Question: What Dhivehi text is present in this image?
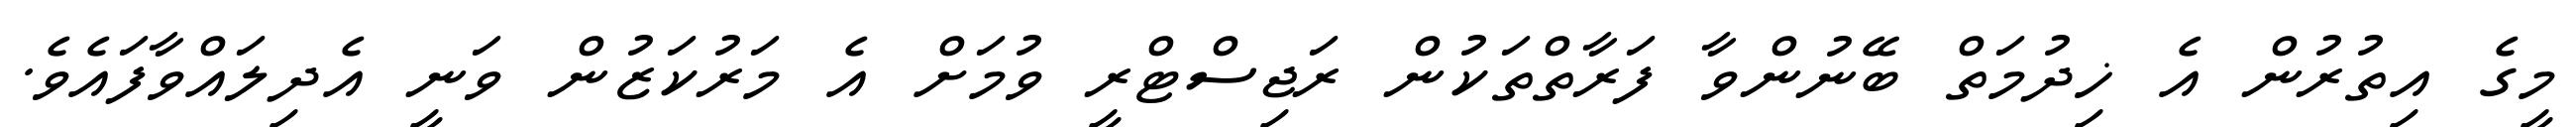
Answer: މީގެ އިތުރުން އެ ޚިދުމަތް ބޭނުންވާ ފަރާތްތަކުން ރަޖިސްޓްރީ ވުމަށް އެ މަރުކަޒުން ވަނީ އެދިލައްވާފައެވެ.